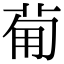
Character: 𤰈